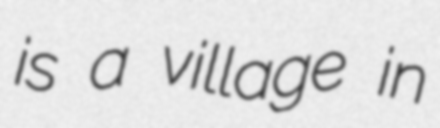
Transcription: is a village in